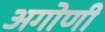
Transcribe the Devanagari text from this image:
अगोणी